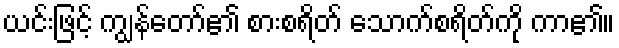
ယင်းဖြင့် ကျွန်တော်၏ စားစရိတ် သောက်စရိတ်ကို ကာ၏။